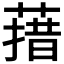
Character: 𰱳